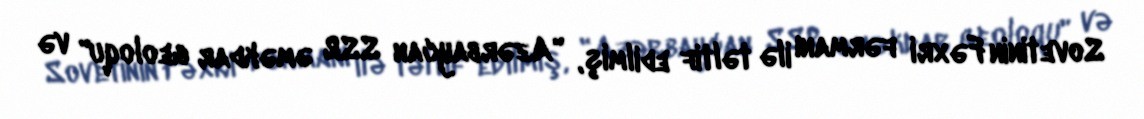
Sovetinin Fəxri fərmanı ilə təltif edilmiş, "Azərbaycan SSR əməkdar geoloqu" və